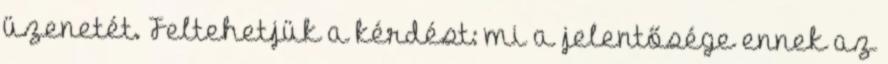
üzenetét. Feltehetjük a kérdést: mi a jelentősége ennek az